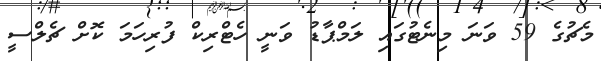
މެޗުގެ 59 ވަނަ މިނެޓުގައި ލަމްޕާޑު ވަނީ ހެޓްރިކް ފުރިހަމަ ކޮށް ޗެލްސީ